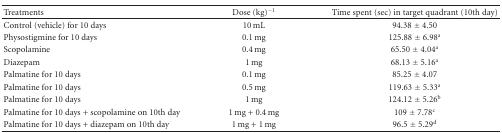
<table><thead><tr><td><b>Treatments</b></td><td><b>Dose (kg)<sup>−1</sup></b></td><td><b>Time spent (sec) in target quadrant (10th day)</b></td></tr></thead><tbody><tr><td>Control (vehicle) for 10 days </td><td>10 mL</td><td>94.38 ± 4.50</td></tr><tr><td>Physostigmine for 10 days</td><td>0.1 mg</td><td>125.88 ± 6.98<sup>a</sup></td></tr><tr><td>Scopolamine</td><td>0.4 mg</td><td>65.50 ± 4.04<sup>a</sup></td></tr><tr><td>Diazepam</td><td>1 mg</td><td>68.13 ± 5.16<sup>a</sup></td></tr><tr><td>Palmatine for 10 days</td><td>0.1 mg</td><td>85.25 ± 4.07</td></tr><tr><td>Palmatine for 10 days</td><td>0.5 mg</td><td>119.63 ± 5.33<sup>a</sup></td></tr><tr><td>Palmatine for 10 days</td><td>1 mg</td><td>124.12 ± 5.26<sup>b</sup></td></tr><tr><td>Palmatine for 10 days + scopolamine on 10th day</td><td>1 mg + 0.4 mg</td><td>109 ± 7.78<sup>c</sup></td></tr><tr><td>Palmatine for 10 days + diazepam on 10th day</td><td>1 mg + 1 mg</td><td>96.5 ± 5.29<sup>d</sup></td></tr></tbody></table>